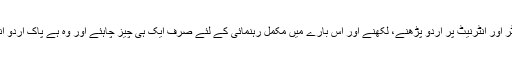
کمپیوٹر اور انٹرنیٹ پر اردو پڑھنے، لکھنے اور اس بارے میں مکمل رہنمائی کے لئے صرف ایک ہی چیز چاہئے اور وہ ہے پاک اردو انسٹالر۔